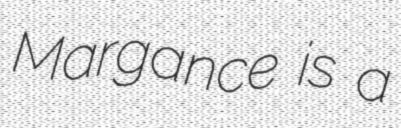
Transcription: Margance is a